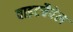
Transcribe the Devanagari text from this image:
वाइटचैपेल